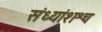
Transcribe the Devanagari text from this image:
संध्यांशश्च